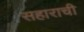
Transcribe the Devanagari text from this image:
सहाराची